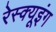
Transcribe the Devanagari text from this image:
रेस्‍क्‍यूइंग